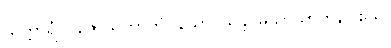
သက္ကာရံ၊ ပူဇော်သကာကို။ နသာဒိယန္တိ၊ မသာယာကုန်။ ဧသ၊